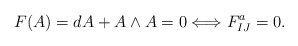
\begin{align*}F(A) = dA + A \wedge A =0 \Longleftrightarrow F^a_{IJ} =0.\end{align*}